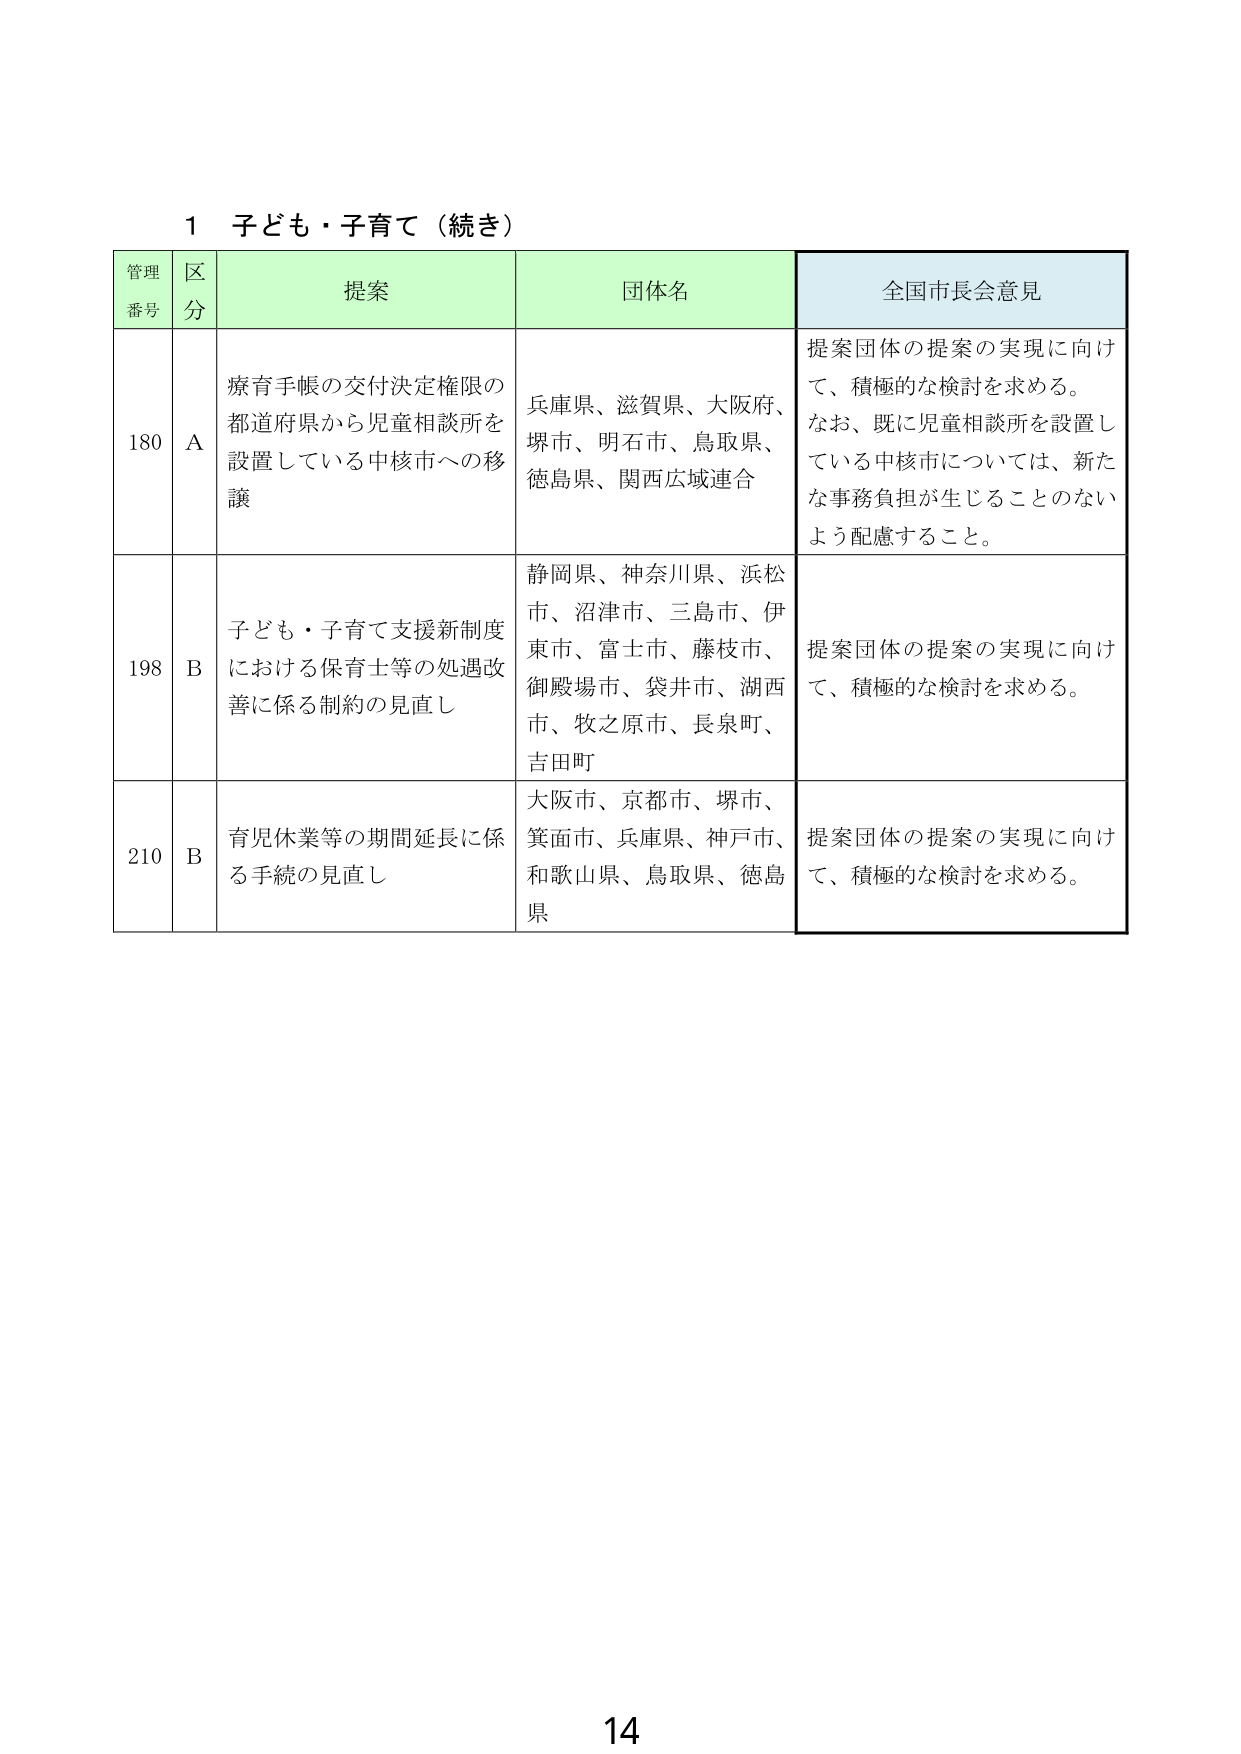
1 子ども・子育て（続き）

管理番号 区分 提案 団体名 全国市長会意見

180 A 療育手帳の交付決定権限の都道府県から児童相談所を設置している中核市への移譲 兵庫県、滋賀県、大阪府、堺市、明石市、鳥取県、徳島県、関西広域連合 提案団体の提案の実現に向けて、積極的な検討を求める。なお、既に児童相談所を設置している中核市については、新たな事務負担が生じることのないよう配慮すること。

198 B 子ども・子育て支援新制度における保育士等の処遇改善に係る制約の見直し 静岡県、神奈川県、浜松市、沼津市、三島市、伊東市、富士市、藤枝市、御殿場市、袋井市、湖西市、牧之原市、長泉町、吉田町 提案団体の提案の実現に向けて、積極的な検討を求める。

210 B 育児休業等の期間延長に係る手続の見直し 大阪市、京都市、堺市、箕面市、兵庫県、神戸市、和歌山県、鳥取県、徳島県 提案団体の提案の実現に向けて、積極的な検討を求める。

14